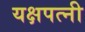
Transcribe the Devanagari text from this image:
यक्षपत्‍नी